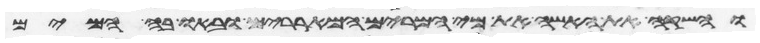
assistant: והשקה את האשה את מי המרים המאררים ובאו בה המים